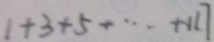
1 + 3 + 5 + \cdots + 1 1 7